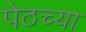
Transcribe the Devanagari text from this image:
पेठच्या